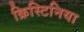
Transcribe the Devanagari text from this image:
क्रिस्टिनिया